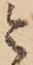
令